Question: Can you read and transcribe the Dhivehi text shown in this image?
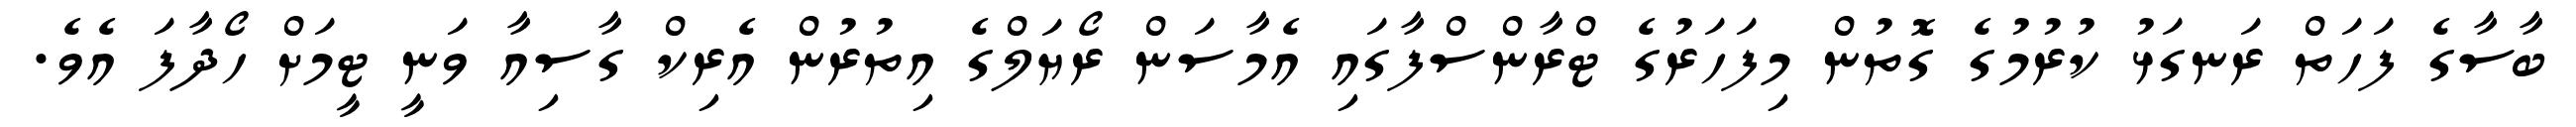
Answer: ބާސާގެ ފަހަތް ރަނގަޅު ކުރުމުގެ ގޮތުން މިފަހަރުގެ ޓްރާންސްފާގައި އެމާސަން ރޯޔަލްގެ އިތުރުން އެރިކް ގާސިއާ ވަނީ ޓީމަށް ހޯދާފަ އެވެ.